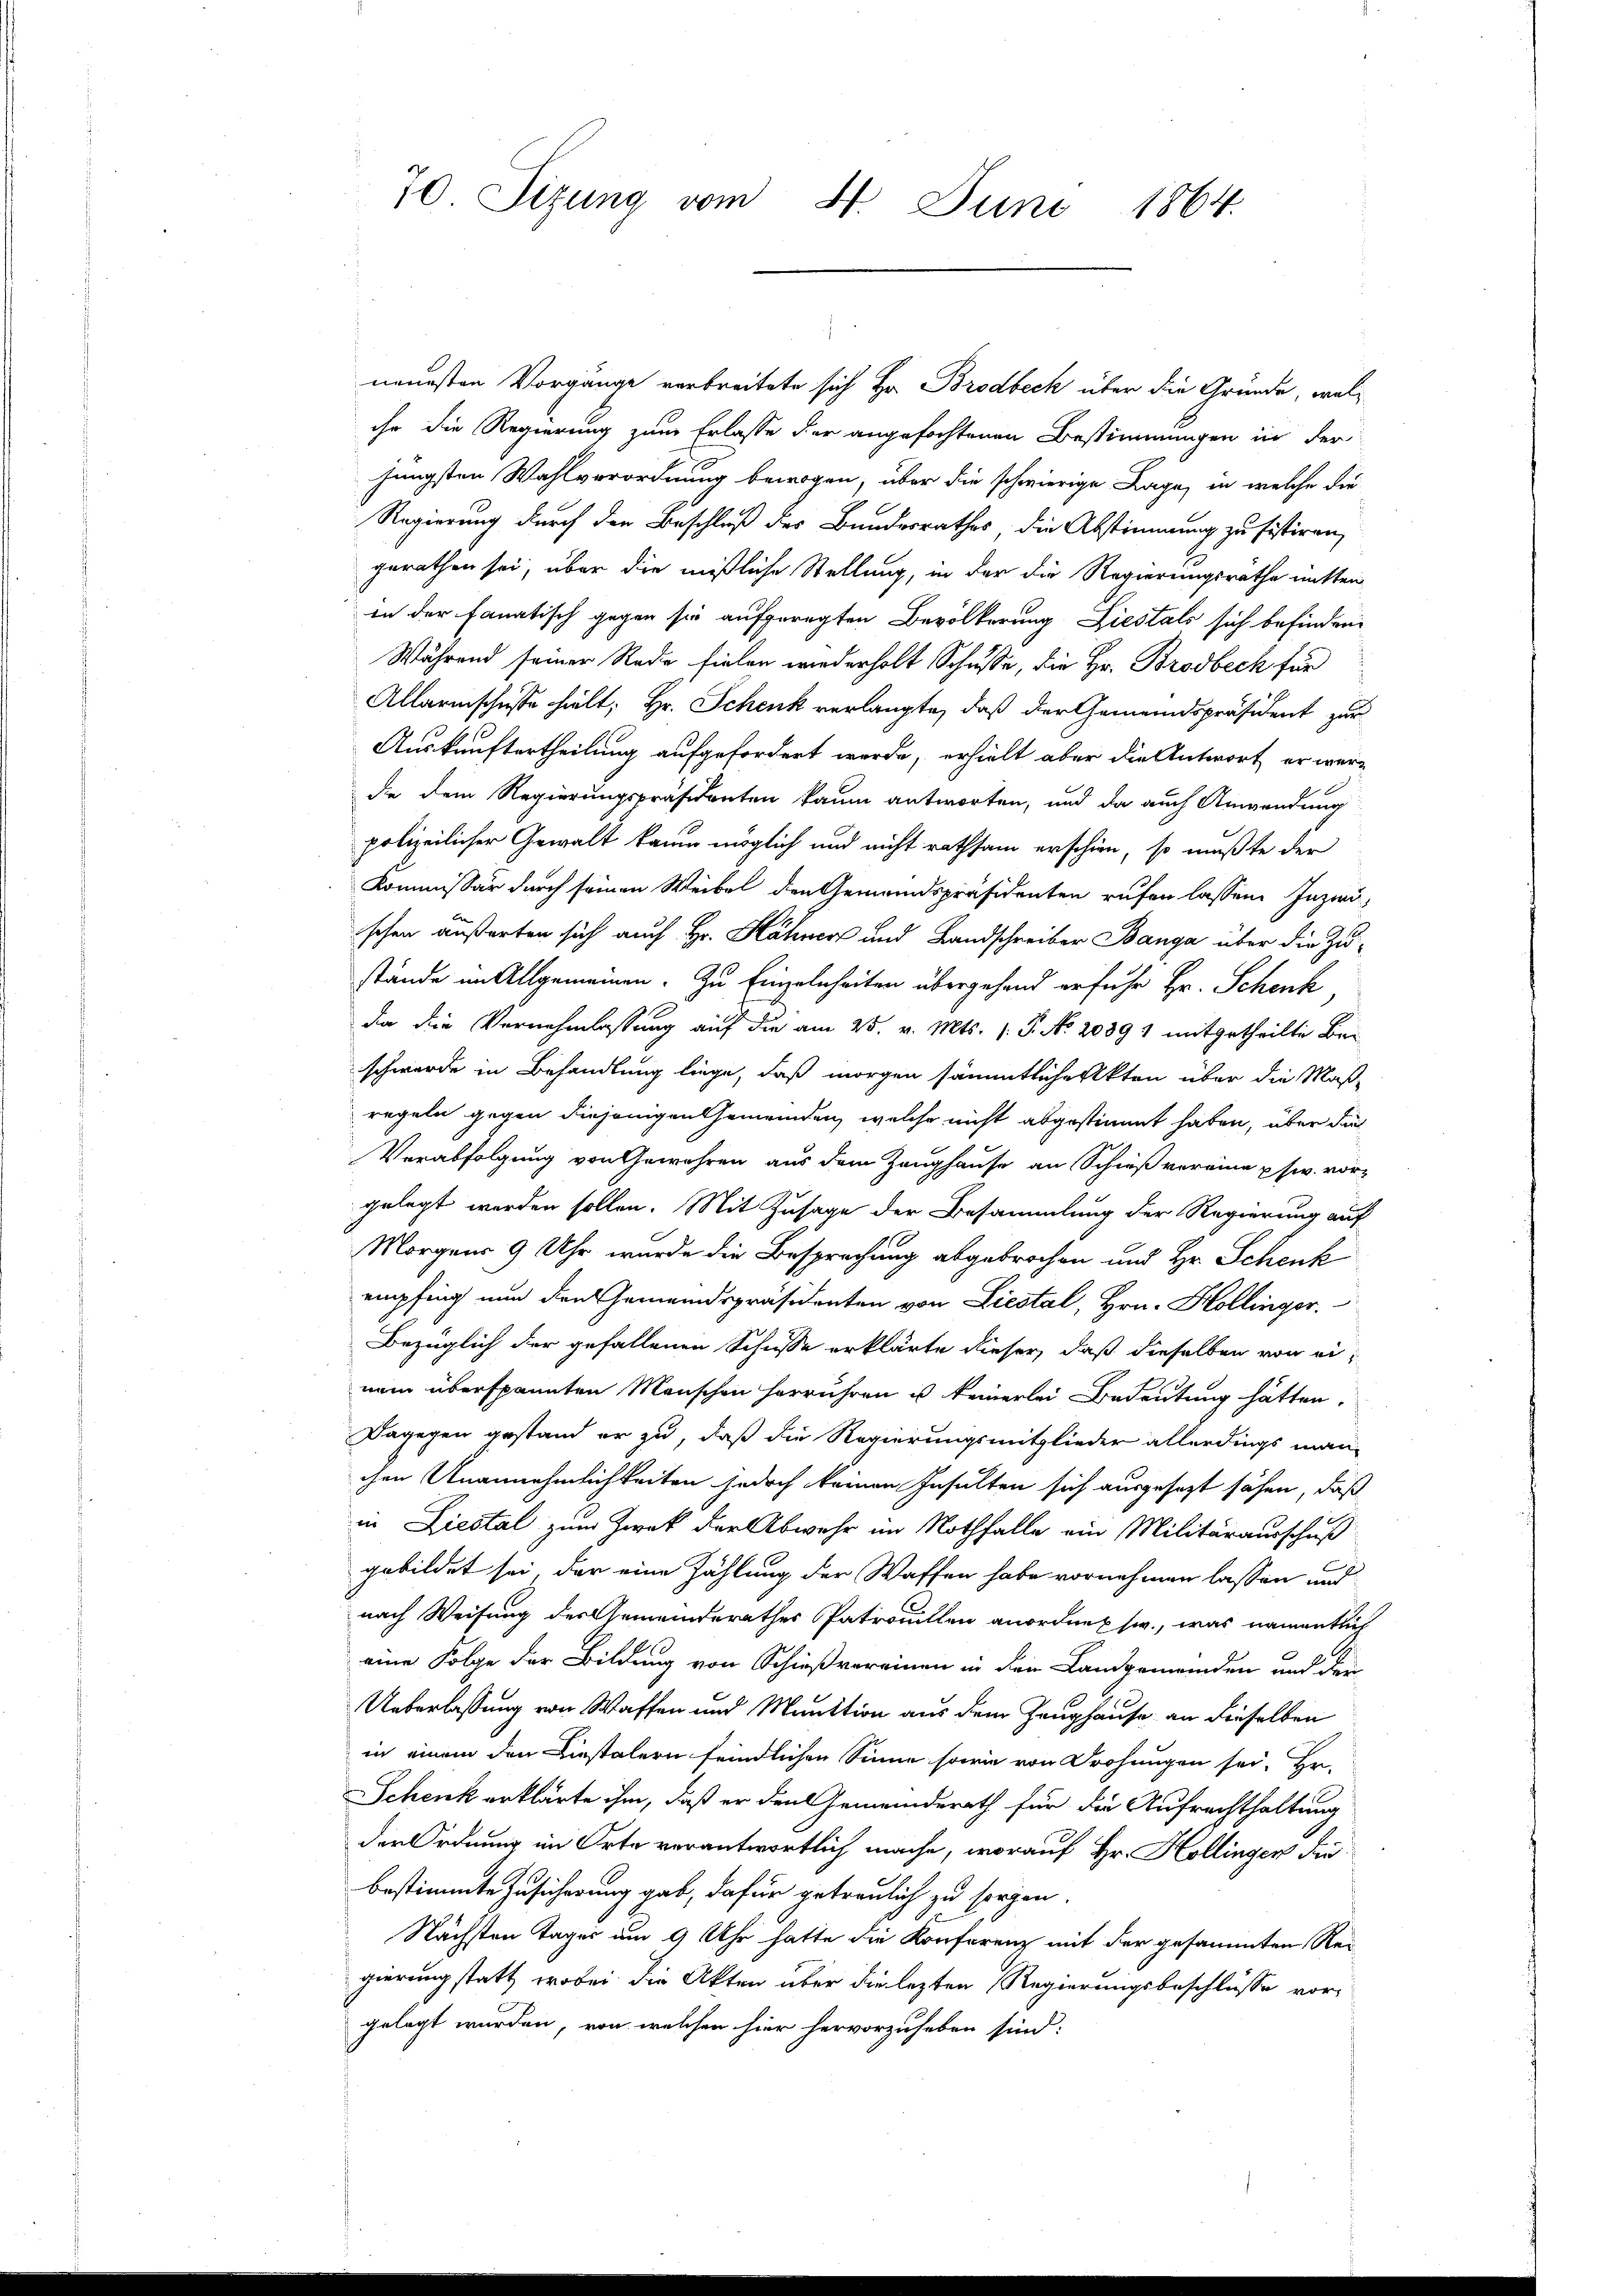
neuesten Vorgange verbreitete sich Hr. Brodbeck über die Gründe, welihr die Regierung zum Erlasse der angefochtenen Bestimmungen in der
jüngsten Wahlverordnung bewogen, über die schwierige Lage, in welche die
Regierung durch die Beschluß des Bundesrathes die Abstimmung zu sistiren,
gerathen sei, über die mißliche Stellung, in der die Regierungsrathe mitten
in der fanatisch gegen sie aufgeregten Bevölkerung Liestals sich befinden
Während seiner Rede fielen wiederholt Schusse, die Hr. Brodbech für
Allarischusse hielt; Hr. Schenk verlangte, daß der Gemeindspräsident zur
Auskunftertheilung aufgefordert werde, erhielt aber die Antwort er werde dem Regierungspräsidenten kaum antworten, und da auch Anwendung
polizeilicher Gewalt kaum möglich und nicht rathsam erschien, so mußte der
Kommissär durch seinen Weibel den Gemeindspräsidenten rufen lassen. Inzwi-
schen äußerten sich auch Hr. Hähner und Landschreiber Banga über die Zustände im Allgemeinen. Zu Einzelnheiten übergehend erfuhr Hr. Schenk,
da die Vernehmlassung auf die am 25. v. Mts. (T. No. 20891 mitgetheilte Be-
schwerde in Behandlung liege, daß morgen sämmtlichenkten über die Maß-
regeln gegen diejenigen Gemeinden, welche nicht abgestimmt haben, über dies
Verabfolgung von Gewehren aus dem Zeughause an Schieß vereine usw. vor-
gelegt worden sollen. Mit Zusage der Besammlung der Regierung auf
Morgens 9 Uhr wurde die Besprechung abgebrochen und Hr. Schenk
empfing nun den Gemeindspräsidenten von Liestal, Hrn. Hollinger.
Bezüglich der gefallenen Schusse erklärte dieser, daß dieselben von einem überspannten Menschen herrühren u keinerlei Bedeutung hätten.
Dagegen gestand er zu, daß die Regierungsmitglieder allerdings man-
chen Unannehmlichkeiten jedoch keinen Insulten sich ausgesezt sehen, daß
in Liestal zum Zwek der Abwehr im Nothfalle ein Militärausschuß
gebildet sei, der eine Zählung der Waffen habe vornehmen lassen und
nach Weisung der Gemeinderathes Patroullen anordnet sw., was namentlich
eine Folge der Bildung von Schießvereinen in den Landgemeinden und den
Ueberlassung von Waffen und Munition aus dem Zeughause an dieselben
in einem den Liestalern feindlichen Sinne sowie von Drohungen sei. Er-
Schenk erklärte ihm, daß er den Gemeinderath für die Aufrechthaltung
den Ordnung im Orte verantwortlich mache, worauf Hr. Hollinger die
bestimmte Zusicherung gab, dafür getreulich zu sorgen.
Nächsten Tages um 9 Uhr hatte die Konferenz mit der gesammten Re-
gierung statt, wobei die Akten über die lezten Regierungsbeschlüsse vor-
gelegt wurden, von welchen hier hervorzuheben sind.

70. Sizung vom 4. Juni 1864.